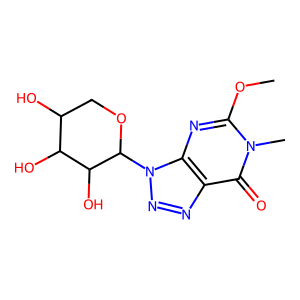
SMILES: COc1nc2c(nnn2C2OCC(O)C(O)C2O)c(=O)n1C
Inhibits HIV replication: No